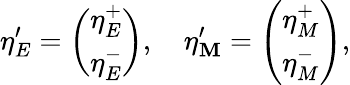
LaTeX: \eta_{E}^{\prime}=\left(\begin{array}{c}{{\eta_{E}^{+}}}\\ {{\eta_{E}^{-}}}\end{array}\right),\quad\eta_{\mathbf{M}}^{\prime}=\left(\begin{array}{c}{{\eta_{M}^{+}}}\\ {{\eta_{M}^{-}}}\end{array}\right),